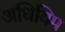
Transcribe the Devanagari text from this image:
अधियिम